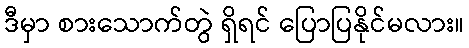
ဒီမှာ စားသောက်တွဲ ရှိရင် ပြောပြနိုင်မလား။